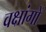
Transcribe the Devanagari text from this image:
वक्षांगों